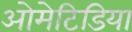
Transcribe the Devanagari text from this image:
ओमेटिडिया